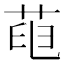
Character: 𦱉